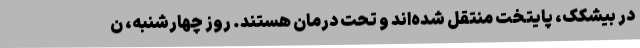
در بیشکک، پایتخت منتقل شده‌اند و تحت درمان هستند. روز چهارشنبه، ن